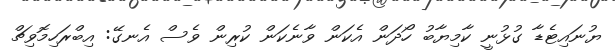
ޔުނައިޓެޑާ ގުޅުނީ ކާމިޔާބު ހޯދަން އެކަން ވާނެކަން ކުރިން ވެސް އެނގޭ: އިބްރަހިމޮވިޗް